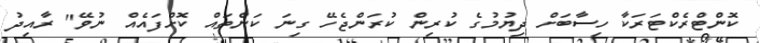
ކޮންޓްރެކްޓަރަކާ ހިސާބަށް ދިޔުމުގެ ކުރިން ކުރަންޖެހޭ ގިނަ ކަންތައް ކޮށްފައެއް ނުވޭ" ރާއިދު